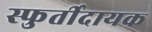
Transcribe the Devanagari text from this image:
स्फुर्तीदायक